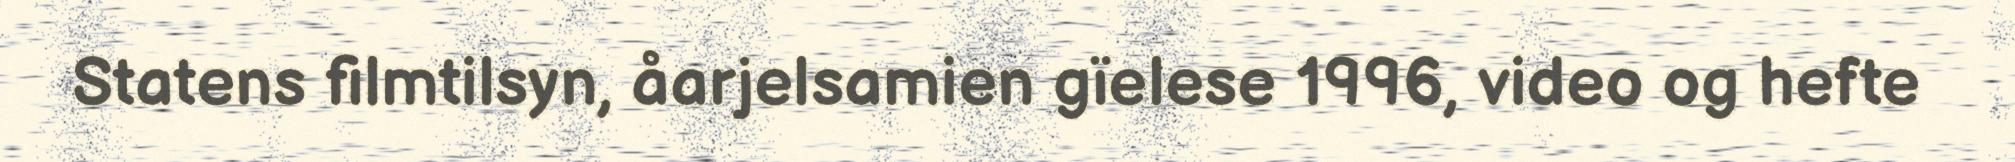
Statens filmtilsyn, åarjelsamien gïelese 1996, video og hefte